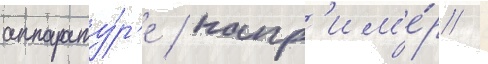
аппарату́р'е / напр'им'е́р /